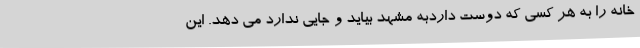
خانه را به هر کسی که دوست داردبه مشهد بیاید و جایی ندارد می دهد. این